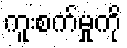
ကူးစက်မှုကို